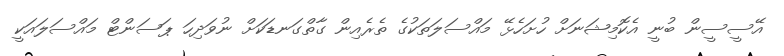
އޭސީސީން ބުނީ އެކޮމިޝަނަށް ހުށަހެޅޭ މައްސަލަތަކުގެ ތެރެއިން ގާތްގަނޑަކަށް ނުވަދިހަ ޕަސަންޓް މައްސަލައަކީ